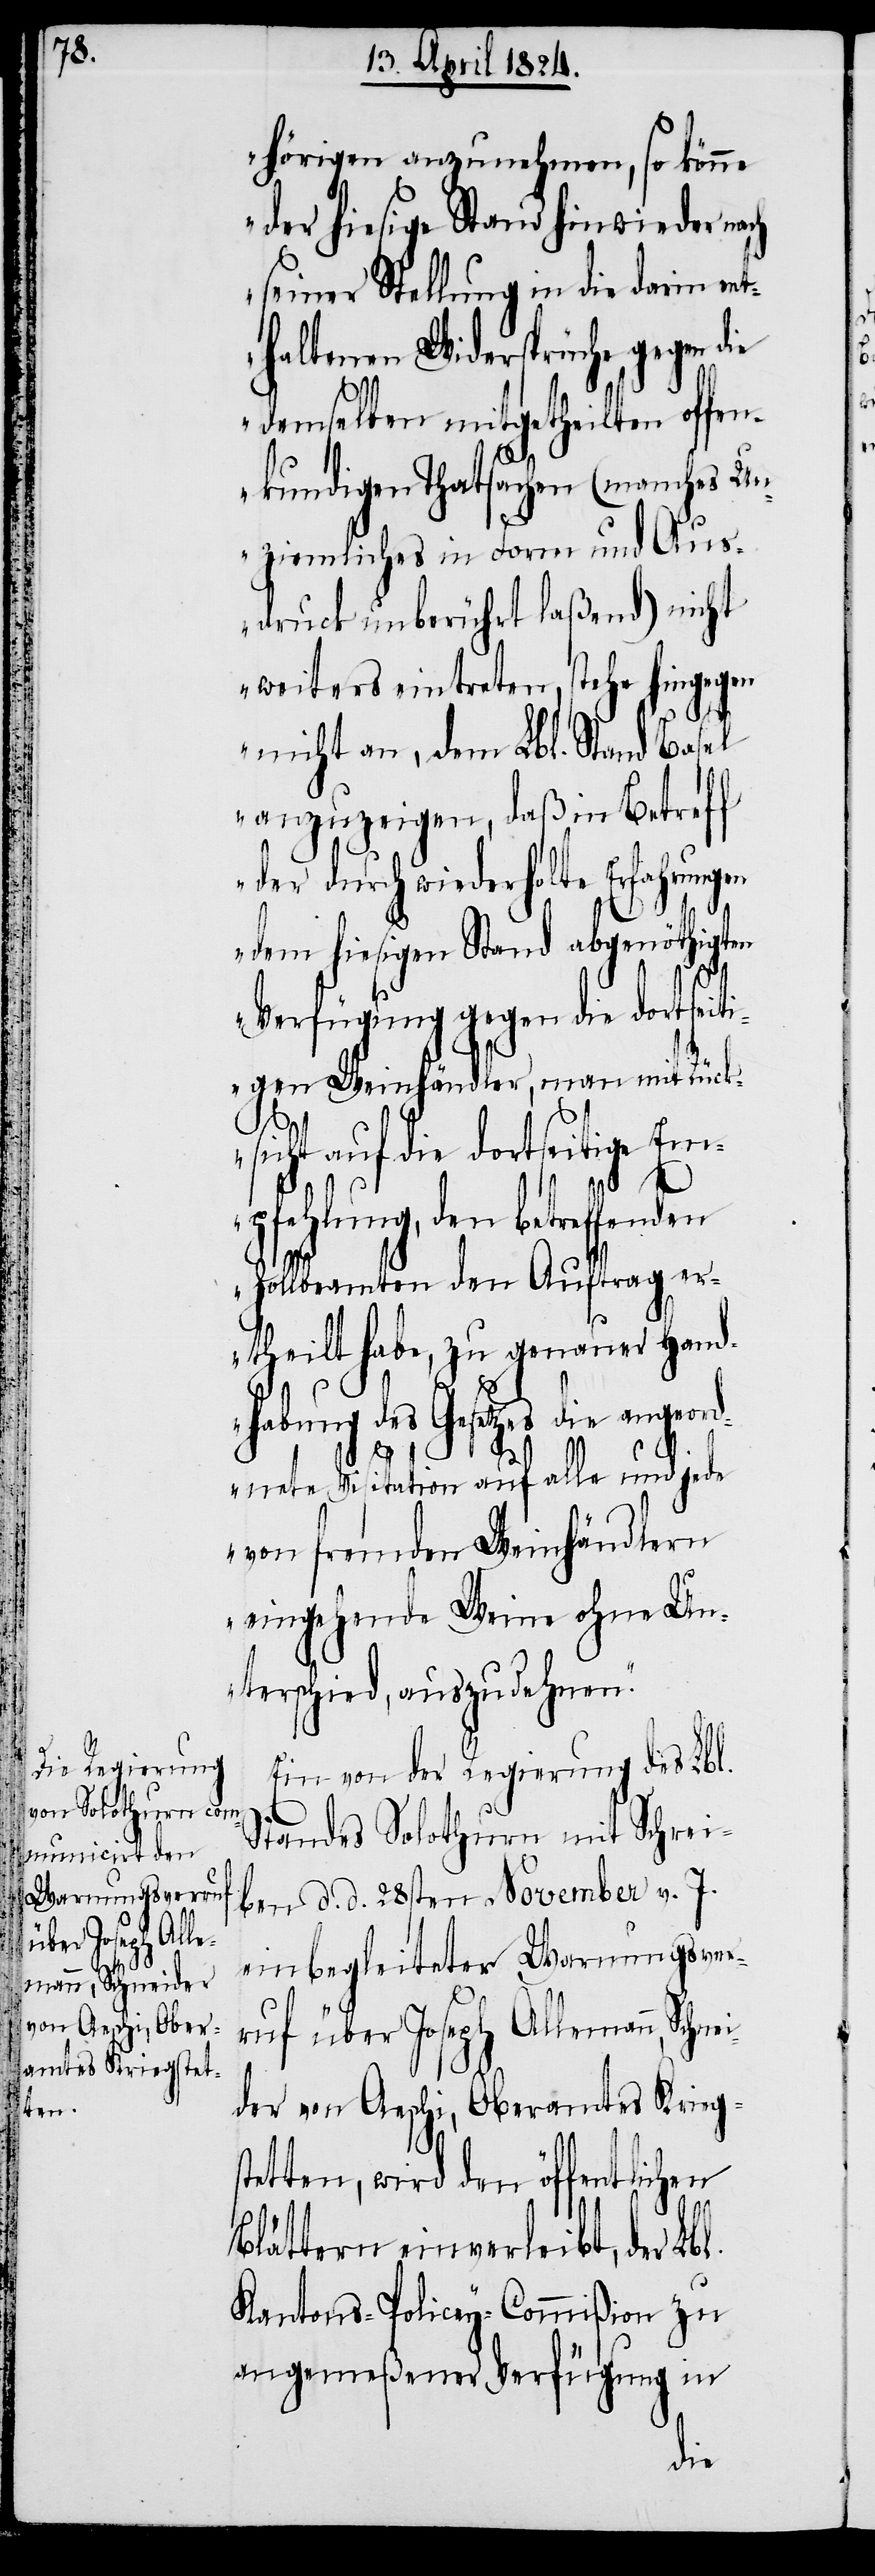
n, Schneider
von Aeschi, Ober¬
amtes Kriegstet¬

hörigen anzunehmen, so könne
der hiesige Stand hinwieder n¬
seiner Stellung in die darin en¬
thaltenen Widersprüche gegen die
demselben mitgetheilten offe¬
nkundigen Thatsachen (manches Un¬
ziemliches in Form und Aus¬
druck unberührt laßend) nicht
weiters eintreten, stehe hingegen
nicht an, dem Lbl. Stand Basel
anzuzeigen, daß in Betreff
der durch wiederholte Erfahrungen
dem hiesigen Stand abgenöthigten
ach
Verfügung gegen die dortseiti¬
gen Weinhändler, man mit Rücks¬
icht auf die dortseitige
den betreffenden
Zollbeamten den Auftrag er¬
theilt habe, zu genauer Hand¬
habung des Gesetzes die angeord¬
l.
nete Visitation auf alle und jede
von fremden Weinhändlern
eingehende Weine ohne Un¬
terschied, auszudehnen.“
Ein von der Regierung des Lbl,
einbegleiteter Warnungsver¬
ruf über Joseph Alleman¬
ten, wird den öffentlichen
Blättern einverleibt, der Lb¬
Kantons-Policey-Commißion zu
angemeßener Verfügung in